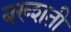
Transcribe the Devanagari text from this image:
बख्शती